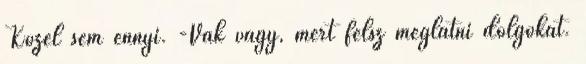
Közel sem ennyi. -Vak vagy, mert félsz meglátni dolgokat.